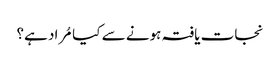
نجات یافتہ ہونے سے کیا مُراد ہے؟